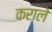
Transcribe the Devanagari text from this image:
कराले